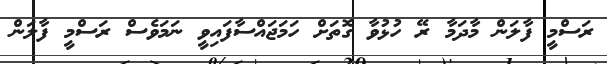
ރަސްމީ ފާލަން މާދަމާ ރޭ ހުޅުވާ ގޮތަށް ހަމަޖައްސާފައިވީ ނަމަވެސް ރަސްމީ ފާލަން